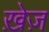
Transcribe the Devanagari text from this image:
ख़ेज़